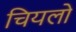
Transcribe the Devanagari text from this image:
चियलो